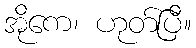
အိုကေ၊ ဟုတ်ပြီ။